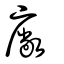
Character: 廠